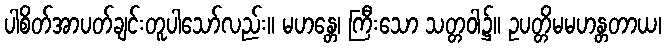
ပါစိတ်အာပတ်ချင်းတူပါသော်လည်း။ မဟန္တေ၊ ကြီးသော သတ္တဝါ၌။ ဥပတ္တိမမဟန္တတာယ၊